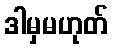
ဒါမှမဟုတ်